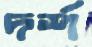
দর্শ